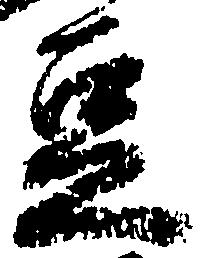
豆